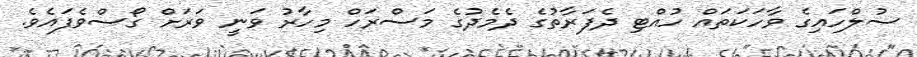
ސުލްހައިގެ ވާހަކަތައް ހުއްޓި ދެފަރާތުގެ ދެމެދުގެ މަސްރަހް މިހާރު ވަނީ ވަރަށް ގޯސްވެފައެވެ.